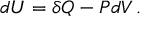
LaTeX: d U = \delta Q - P d V \, .